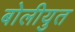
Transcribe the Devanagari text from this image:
बोलीयुत